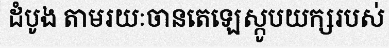
ដំបូង តាមរយៈចានតេឡេស្កូបយក្សរបស់